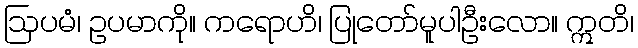
ဩပမံ၊ ဥပမာကို။ ကရောဟိ၊ ပြုတော်မူပါဦးလော။ ဣတိ၊